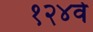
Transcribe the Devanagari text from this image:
१२४वे